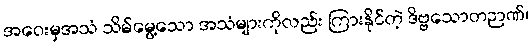
အဝေးမှအသံ သိမ်မွေ့သော အသံများကိုလည်း ကြားနိုင်တဲ့ ဒိဗ္ဗသောတဉာဏ်၊